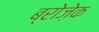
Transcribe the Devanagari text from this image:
ब्रोज़ेक